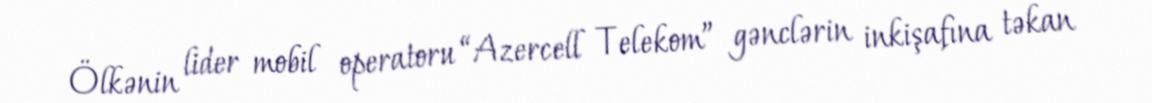
Ölkənin lider mobil operatoru “Azercell Telekom” gənclərin inkişafına təkan